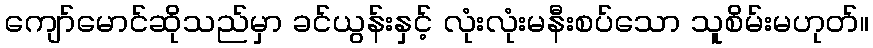
ကျော်မောင်ဆိုသည်မှာ ခင်ယွန်းနှင့် လုံးလုံးမနီးစပ်သော သူစိမ်းမဟုတ်။